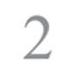
2